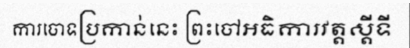
ការចោទប្រកាន់នេះ ព្រះចៅអធិការវត្តស្តីទី